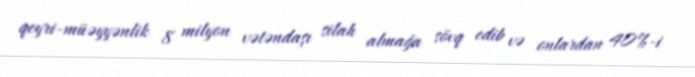
qeyri-müəyyənlik 8 milyon vətəndaşı silah almağa sövq edib və onlardan 40%-i